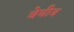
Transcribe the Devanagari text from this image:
वेचीव